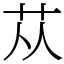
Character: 苁